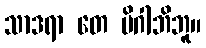
သာဒရာ တေ မိဂါဘိဘူ။